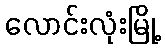
လောင်းလုံးမြို့